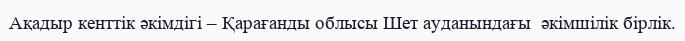
Ақадыр кенттік әкімдігі – Қарағанды облысы Шет ауданындағы  әкімшілік бірлік.